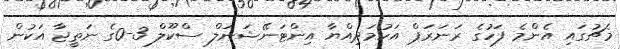
މެޗުގައި އެންމެ ފަހުގެ ރަނަރަޕް އަހުމަދިއްޔާ އިންޓަނޭޝަނަލް ސްކޫލް 3-0ގެ ނަތީޖާ އަކުން